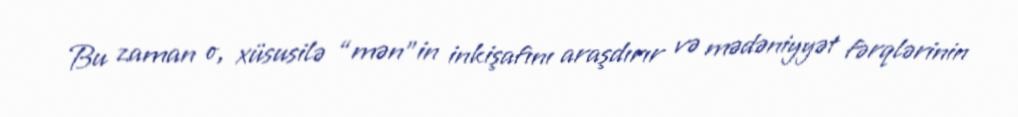
Bu zaman o, xüsusilə “mən”in inkişafını araşdırır və mədəniyyət fərqlərinin